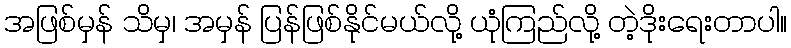
အဖြစ်မှန် သိမှ၊ အမှန် ပြန်ဖြစ်နိုင်မယ်လို့ ယုံကြည်လို့ တဲ့ဒိုးရေးတာပါ။